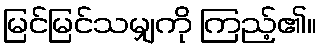
မြင်မြင်သမျှကို ကြည့်၏။